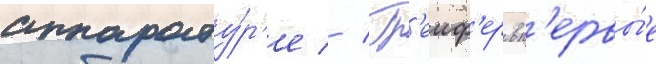
аппарату́р'е // Гр'еиф'ер вп'ервы́е